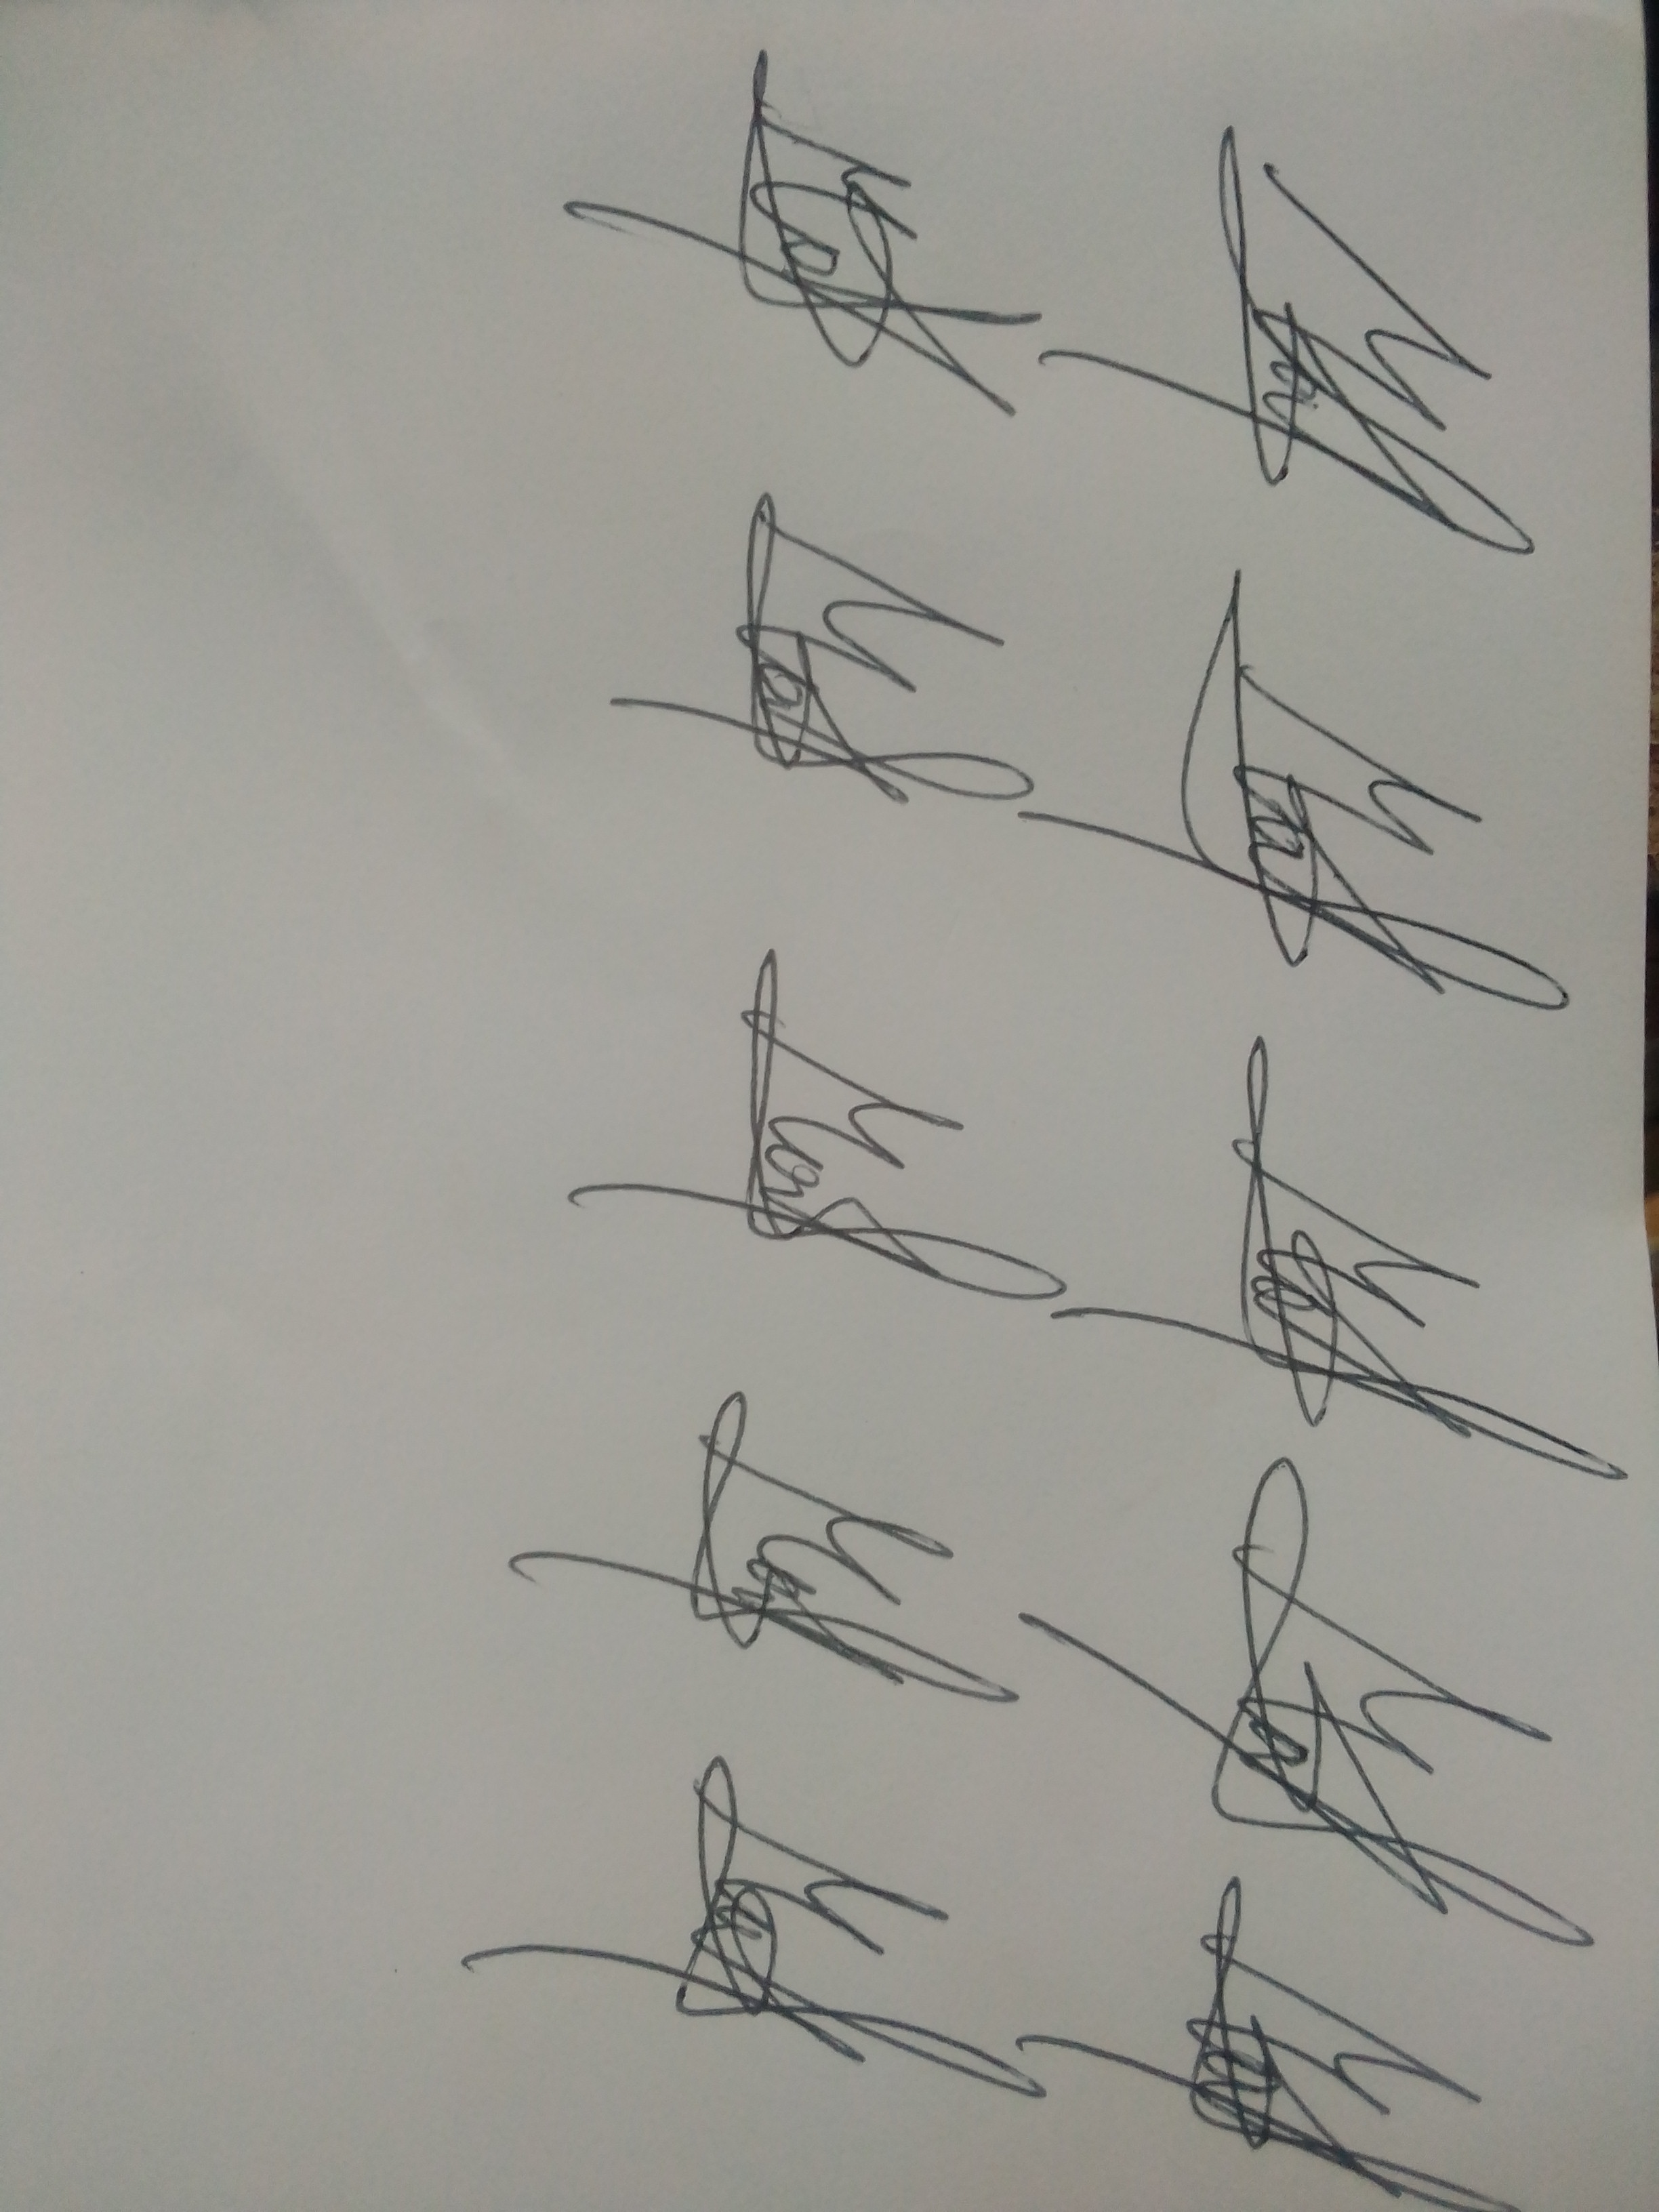
Signature authenticity: genuine